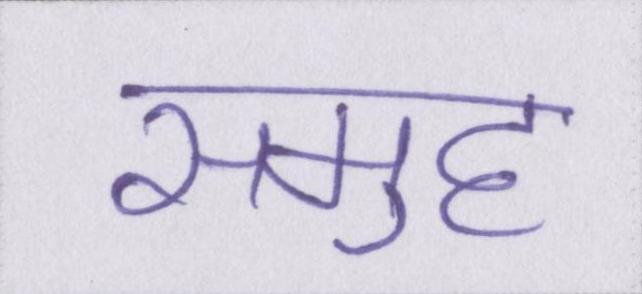
समुह